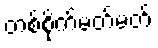
တစ်စိုက်မတ်မတ်